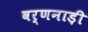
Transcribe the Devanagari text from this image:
वर्णनाड़ी